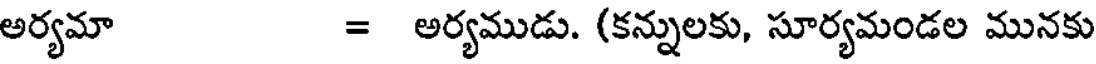
అర్యమా = అర్యముడు. (కన్నులకు, సూర్యమండల మునకు